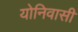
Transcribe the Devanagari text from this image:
योनिवासी